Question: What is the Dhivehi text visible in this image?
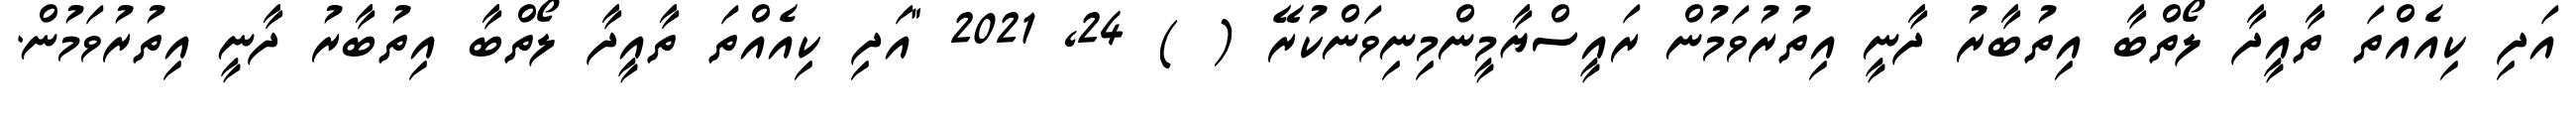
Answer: އަދި ކިއެއްތަ ތާއީދާ ލޯތްބާ އިތުބާރު ދާނީ އިތުރުވަމުން ރައީސްޔާމީންމިނިވަންކުރޭ ( ) 24, 2021 "އަދި ކިއެއްތަ ތާއީދާ ލޯތްބާ އިތުބާރު ދާނީ އިތުރުވަމުން.